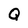
Character: Q